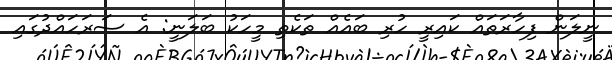
ނީލަން ފިހާރަތައް ކައިރީ ހުރި ބައެއް ތަކެތި މީހަކު ބަލަނީ: އެ ސަރަހައްދުގައި